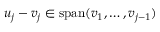
u _ { j } - v _ { j } \in \operatorname { s p a n } ( v _ { 1 } , \dotsc , v _ { j - 1 } )